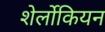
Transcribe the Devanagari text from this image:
शेर्लोकियन